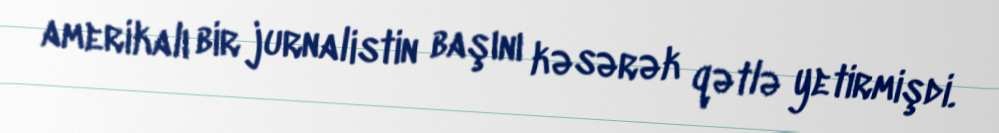
amerikalı bir jurnalistin başını kəsərək qətlə yetirmişdi.